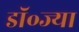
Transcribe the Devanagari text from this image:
डॉ॰ज्या